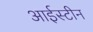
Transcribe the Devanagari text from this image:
आईस्टीन